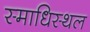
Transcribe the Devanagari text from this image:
स्माधिस्थल